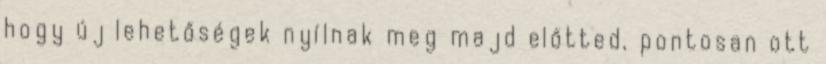
hogy új lehetőségek nyílnak meg majd előtted, pontosan ott